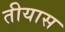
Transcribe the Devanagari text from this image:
तीयास